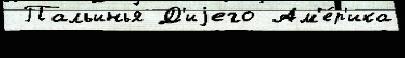
 Пальинья Д'иjего Ам'е́р'ика